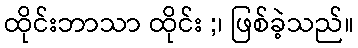
ထိုင်းဘာသာ ထိုင်း ;၊ ဖြစ်ခဲ့သည်။